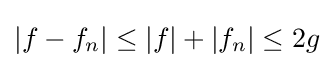
|f-f_{n}|\leq |f|+|f_{n}|\leq 2g